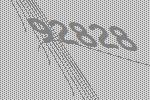
92828